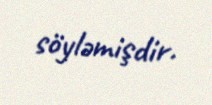
söyləmişdir.